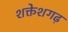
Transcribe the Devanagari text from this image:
शक्तेशगढ़